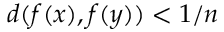
d ( f ( x ) , f ( y ) ) < 1 / n